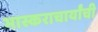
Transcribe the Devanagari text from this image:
भास्कराचार्यांची